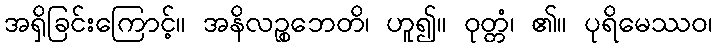
အရှိခြင်းကြောင့်။ အနိလဉ္စဘေတိ၊ ဟူ၍။ ဝုတ္တံ၊ ၏။ ပုရိမေဿဝ၊